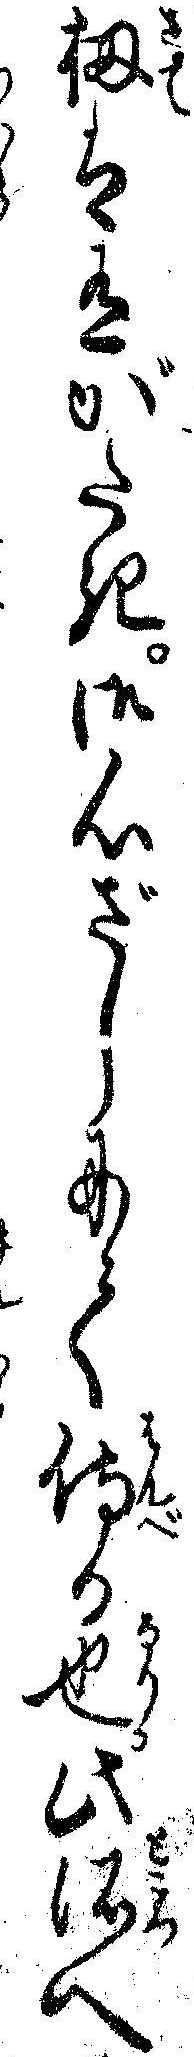
扨は有がたき御心ざしにて侍る也此所へ